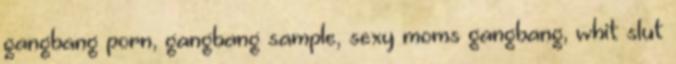
gangbang porn, gangbang sample, sexy moms gangbang, whit slut